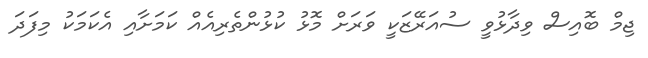
ޖިމް ބޮއިސް ވިދާޅުވީ ސުއަރޭޒަކީ ވަރަށް މޮޅު ކުޅުންތެރިއެއް ކަމަށާއި އެކަމަކު މިފަދަ